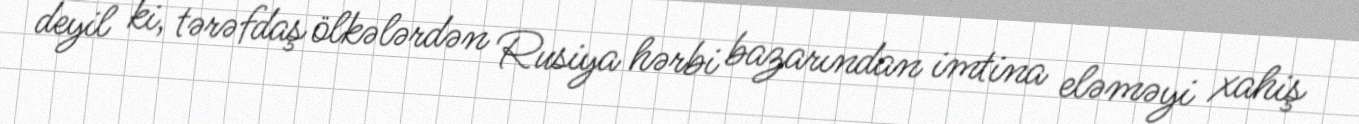
deyil ki, tərəfdaş ölkələrdən Rusiya hərbi bazarından imtina eləməyi xahiş